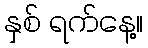
နှစ် ရက်နေ့။